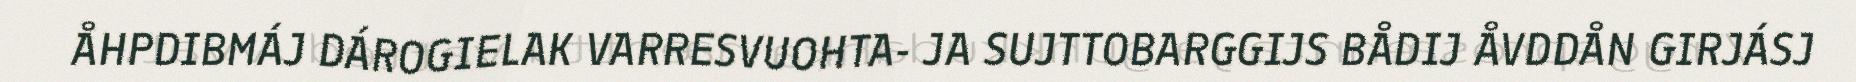
ÅHPDIBMÁJ DÁROGIELAK VARRESVUOHTA- JA SUJTTOBARGGIJS BÅDIJ ÅVDDÅN GIRJÁSJ